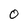
Character: 0